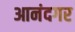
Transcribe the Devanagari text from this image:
आनंदगर